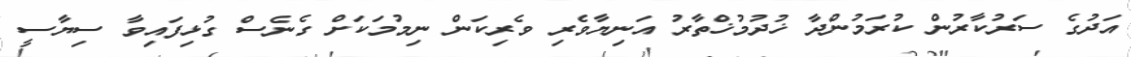
އަދުގެ ސަރުކާރުން ކުރަމުންދާ ޚުދުމުޚްތާރު އަނިޔާވެރި ވެރިކަން ނިމުމަކަށް ގެނެސް ގުޅިފައިވާ ސިޔާސީ